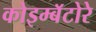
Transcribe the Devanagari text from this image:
कोइम्बॅटोरे